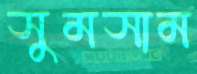
সুমসাম